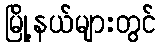
မြို့နယ်များတွင်